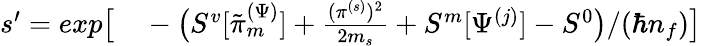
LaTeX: \begin{array}{rl}{s^{\prime}=exp\big[}&{{}-\big(S^{v}[\tilde{\pi}_{m}^{(\Psi)}]+\frac{(\pi^{(s)})^{2}}{2m_{s}}+S^{m}[\Psi^{(j)}]-S^{0}\big)/(\hbar n_{f})\big]}\end{array}